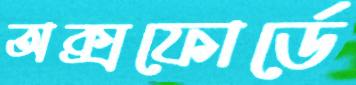
অক্সফোর্ডে